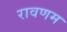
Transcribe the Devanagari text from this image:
रावणम